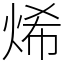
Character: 烯